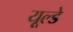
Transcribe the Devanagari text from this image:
यूल्डे